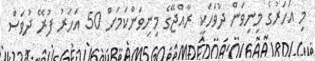
މި އަހަރުގެ މިނިވަން ދުވަހަކީ ރާއްޖޭގެ މިނިވަންކަމަށް 50 އަހަރު ފުރޭ ދުވަސް